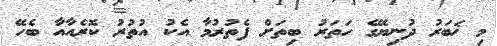
މި ޚަބަރު ދުނިޔޭގެ ހަތަރު ބިތަށް ފެތުރުމާ އެކު އުތުރު ކޮރެއާއާ ބެހޭ